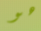
هو